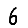
Digit: 6